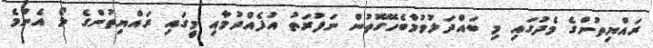
ރައްޔިތުންގެ މެދުގައި މި ބައްދަލުވުމާބެހޭގޮތުން ނަފުރަތު އުފެއްދުމާއި މީގައި ރައްޔިތުންގެ ލޯ އެންމެ